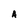
Character: A